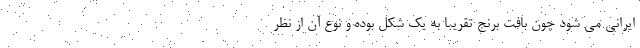
ایرانی می شود چون بافت برنج تقریبا به یک شکل بوده و نوع آن از نظر